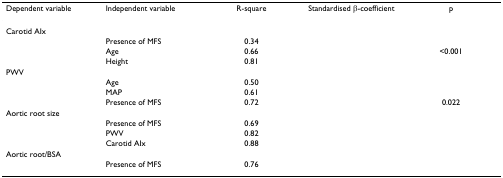
<table><thead><tr><td><b>Dependent variable</b></td><td><b>Independent variable</b></td><td><b>R-square</b></td><td><b>Standardised β-coefficient</b></td><td><b>p</b></td></tr></thead><tbody><tr><td>Carotid AIx</td><td>[EMPTY_CELL]</td><td>[EMPTY_CELL]</td><td>[EMPTY_CELL]</td><td>[EMPTY_CELL]</td></tr><tr><td>[EMPTY_CELL]</td><td>Presence of MFS</td><td>0.34</td><td>[EMPTY_CELL]</td><td>[EMPTY_CELL]</td></tr><tr><td>[EMPTY_CELL]</td><td>Age</td><td>0.66</td><td>[EMPTY_CELL]</td><td>&lt;0.001</td></tr><tr><td>[EMPTY_CELL]</td><td>Height</td><td>0.81</td><td>[EMPTY_CELL]</td><td>[EMPTY_CELL]</td></tr><tr><td>PWV</td><td>[EMPTY_CELL]</td><td>[EMPTY_CELL]</td><td>[EMPTY_CELL]</td><td>[EMPTY_CELL]</td></tr><tr><td>[EMPTY_CELL]</td><td>Age</td><td>0.50</td><td>[EMPTY_CELL]</td><td>[EMPTY_CELL]</td></tr><tr><td>[EMPTY_CELL]</td><td>MAP</td><td>0.61</td><td>[EMPTY_CELL]</td><td>[EMPTY_CELL]</td></tr><tr><td>[EMPTY_CELL]</td><td>Presence of MFS</td><td>0.72</td><td>[EMPTY_CELL]</td><td>0.022</td></tr><tr><td>Aortic root size</td><td>[EMPTY_CELL]</td><td>[EMPTY_CELL]</td><td>[EMPTY_CELL]</td><td>[EMPTY_CELL]</td></tr><tr><td>[EMPTY_CELL]</td><td>Presence of MFS</td><td>0.69</td><td>[EMPTY_CELL]</td><td>[EMPTY_CELL]</td></tr><tr><td>[EMPTY_CELL]</td><td>PWV</td><td>0.82</td><td>[EMPTY_CELL]</td><td>[EMPTY_CELL]</td></tr><tr><td>[EMPTY_CELL]</td><td>Carotid AIx</td><td>0.88</td><td>[EMPTY_CELL]</td><td>[EMPTY_CELL]</td></tr><tr><td>Aortic root/BSA</td><td>[EMPTY_CELL]</td><td>[EMPTY_CELL]</td><td>[EMPTY_CELL]</td><td>[EMPTY_CELL]</td></tr><tr><td>[EMPTY_CELL]</td><td>Presence of MFS</td><td>0.76</td><td>[EMPTY_CELL]</td><td>[EMPTY_CELL]</td></tr></tbody></table>